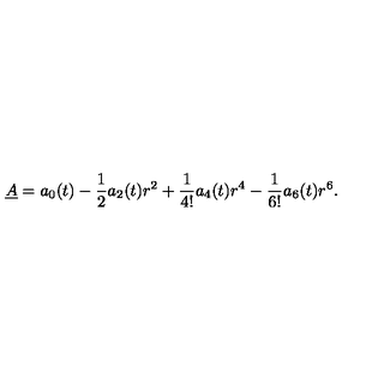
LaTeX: \underline { { A } } = a _ { 0 } ( t ) - \frac 1 2 a _ { 2 } ( t ) r ^ { 2 } + \frac { 1 } { 4 ! } a _ { 4 } ( t ) r ^ { 4 } - \frac { 1 } { 6 ! } a _ { 6 } ( t ) r ^ { 6 } .